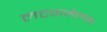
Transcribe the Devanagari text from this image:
लटकमेलक